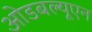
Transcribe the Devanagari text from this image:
ओडबल्यूएन